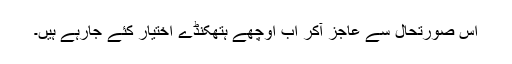
اس صورتحال سے عاجز آکر اب اوچھے ہتھکنڈے اختیار کئے جارہے ہیں۔